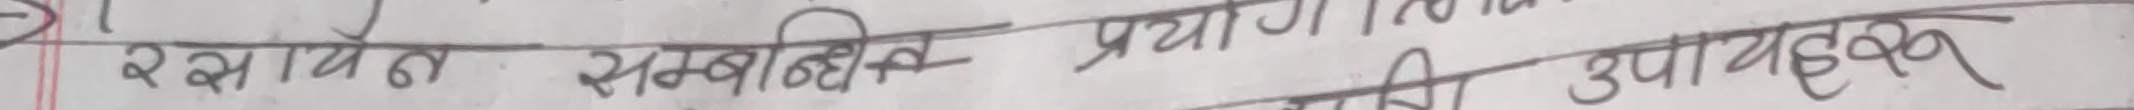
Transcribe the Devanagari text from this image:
रसायन सम्बन्धित प्रयागी उपयाहहरु